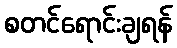
စတင်ရောင်းချရန်